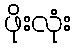
ဖိုးလုံး